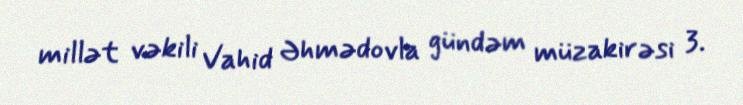
millət vəkili Vahid Əhmədovla gündəm müzakirəsi 3.